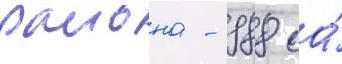
раиона - 988 га́